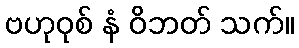
ဗဟုဝုစ် နံ ဝိဘတ် သက်။